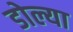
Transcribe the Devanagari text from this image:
डोल्या